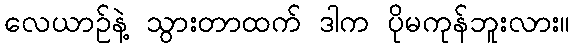
လေယာဉ်နဲ့ သွားတာထက် ဒါက ပိုမကုန်ဘူးလား။